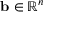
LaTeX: \mathbf { b } \in \mathbb { R } ^ { n }